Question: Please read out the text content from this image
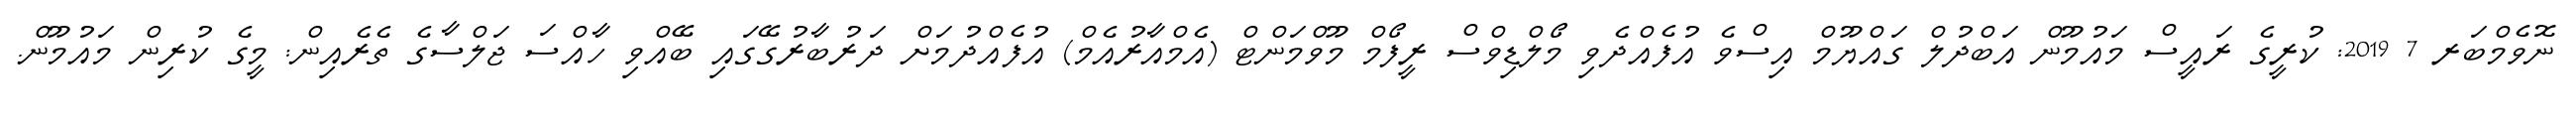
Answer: ނޮވެމްބަރ 7 2019: ކުރީގެ ރައީސް މައުމޫން އަބްދުލް ގައްޔޫމް އިސްވެ އުފެއްދެވި މޯލްޑިވްސް ރީފޯމް މޫވްމަންޓް (އެމްއާރުއެމް) އުފެއްދުމަށް ދަރުބާރުގޭގައި ބޭއްވި ހާއްސަ ޖަލްސާގެ ތެރެއިން: މީގެ ކުރިން މައުމޫން.